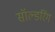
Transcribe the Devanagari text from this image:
सॉल्डरिंग